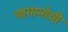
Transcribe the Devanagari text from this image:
नागानोची